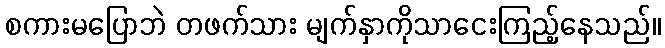
စကားမပြောဘဲ တဖက်သား မျက်နှာကိုသာငေးကြည့်နေသည်။